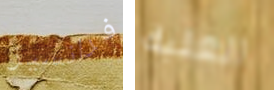
فرانسيز العلبة